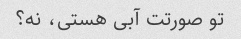
تو صورتت آبی هستی، نه؟